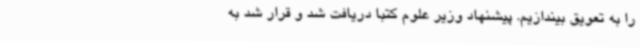
را به تعویق بیندازیم. پیشنهاد وزیر علوم کتبا دریافت شد و قرار شد به